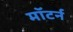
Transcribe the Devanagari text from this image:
मॉटर्न